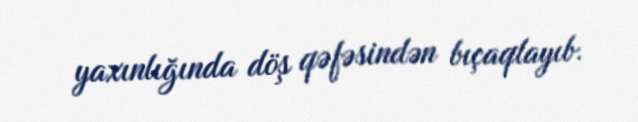
yaxınlığında döş qəfəsindən bıçaqlayıb.